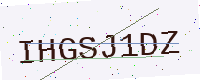
Text: IHGSJ1DZ